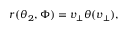
\begin{array} { r } { r ( \theta _ { 2 } , \Phi ) = v _ { \perp } \theta ( v _ { \perp } ) , } \end{array}